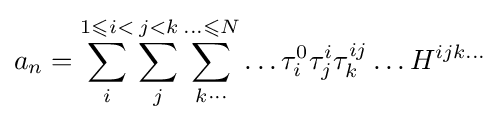
a_{n}=\sum _{i}^{1\leqslant i<}\sum _{j}^{j<k}\sum _{k\cdots }^{\ldots \leqslant N}\ldots \tau _{i}^{0}\tau _{j}^{i}\tau _{k}^{ij}\ldots H^{ijk\ldots }